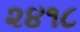
૨૪૧૮